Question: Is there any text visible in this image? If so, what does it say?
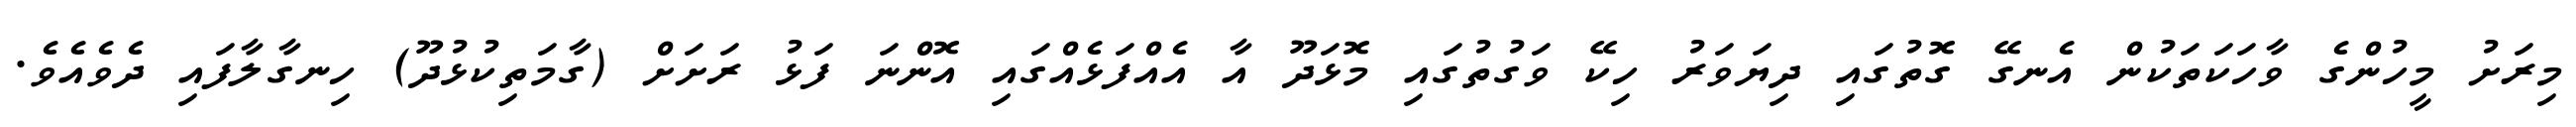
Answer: މިރަށު މީހުންގެ ވާހަކަތަކުން އެނގޭ ގޮތުގައި ދިޔަވަރު ހިކޭ ވަގުތުގައި މޮޅަދޫ އާ އެއްފަޅެއްގައި އޮންނަ ފަޅު ރަށަށް (ގާމަތިކުޅުދޫ) ހިނގާލާފައި ދެވެއެވެ.